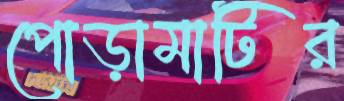
পোড়ামাটির